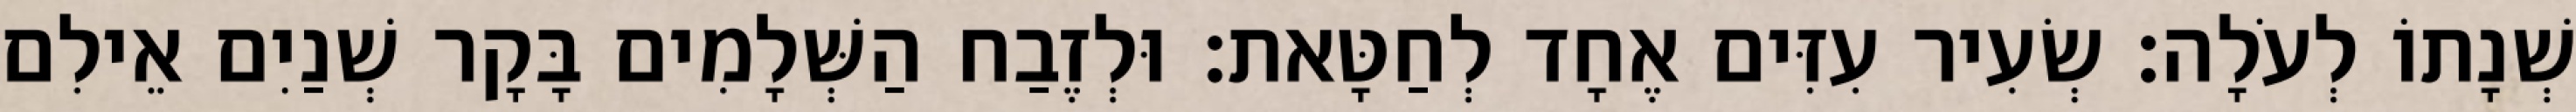
שְׁנָתוֹ לְעֹלָה׃ שְׂעִיר עִזִּים אֶחָד לְחַטָּאת׃ וּלְזֶבַח הַשְּׁלָמִים בָּקָר שְׁנַיִם אֵילִם